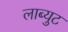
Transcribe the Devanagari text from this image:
लाब्युट